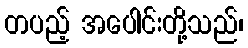
တပည့် အပေါင်းတို့သည်၊